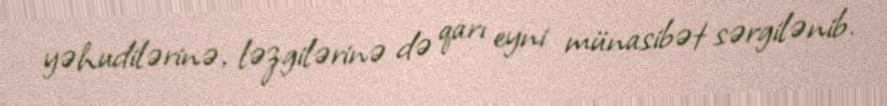
yəhudilərinə, ləzgilərinə də qarı eyni münasibət sərgilənib.